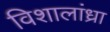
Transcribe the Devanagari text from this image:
विशालांध्रा